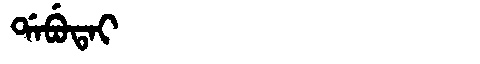
Manchu: ᡩᠠᠪᡠᡨᠠᡳ
Romanization: DABUTAI